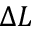
\Delta L